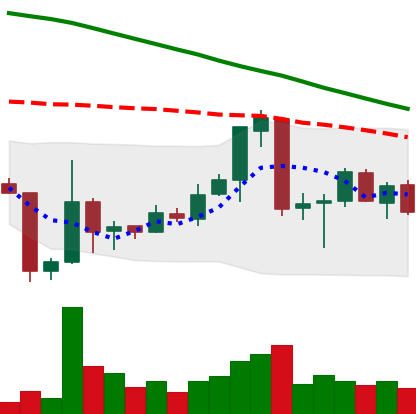
Ticker: ETC-USD
Chart end date: 2018-06-28
Forward return: 11.298%
Label: up_7plus